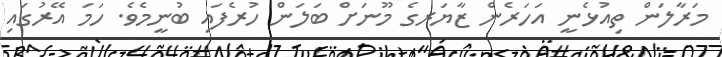
މަރާލަން ތިއުޅެނީ އަހަރެން ޒާޔަރގެ މޫނަށް ބަލަން ހުރެފައި ބުނީމެވެ. ހަމަ އޭރުގައި